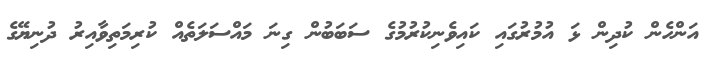
އަންހެން ކުދިން ޅަ އުމުރުގައި ކައިވެނިކުރުމުގެ ސަބަބުން ގިނަ މައްސަލަތެއް ކުރިމަތިވާއިރު ދުނިޔޭގެ